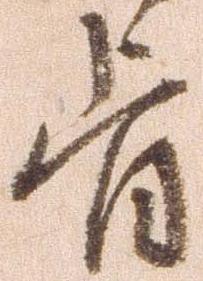
旨